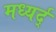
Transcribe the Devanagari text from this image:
मध्यर्द्